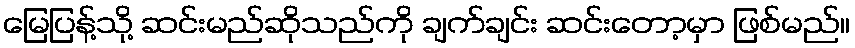
မြေပြန့်သို့ ဆင်းမည်ဆိုသည်ကို ချက်ချင်း ဆင်းတော့မှာ ဖြစ်မည်။